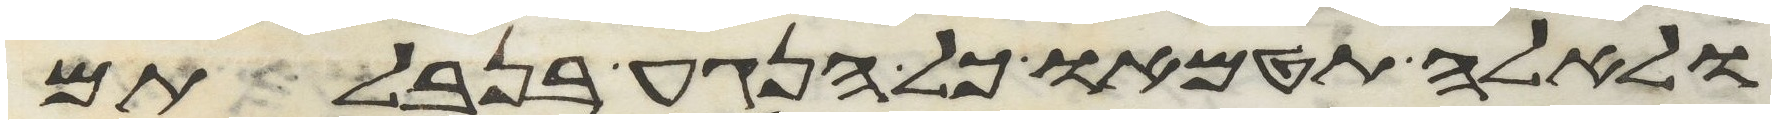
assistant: ולאלה תטמאו כל הנגע בנבלתם